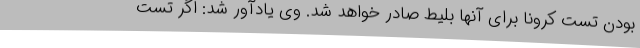
بودن تست کرونا برای آنها بلیط صادر خواهد شد. وی یادآور شد: اگر تست